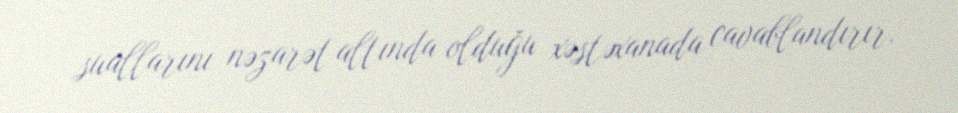
suallarını nəzarət altında olduğu xəstəxanada cavablandırır.